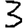
Digit: 3